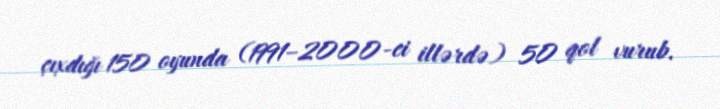
çıxdığı 150 oyunda (1991–2000-ci illərdə) 50 qol vurub.